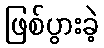
ဖြစ်ပွားခဲ့